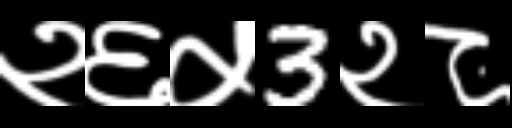
Text: २६५3२८